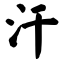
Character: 汗